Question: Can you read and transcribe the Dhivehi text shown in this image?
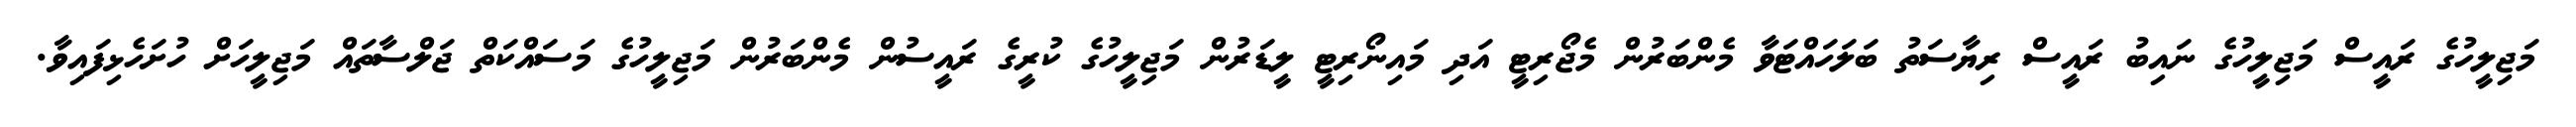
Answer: މަޖިލީހުގެ ރައީސް މަޖިލީހުގެ ނައިބު ރައީސް ރިޔާސަތު ބަލަހައްޓަވާ މެންބަރުން މެޖޯރިޓީ އަދި މައިނޯރިޓީ ލީޑަރުން މަޖިލީހުގެ ކުރީގެ ރައީސުން މެންބަރުން މަޖިލީހުގެ މަސައްކަތް ޖަލްސާތައް މަޖިލީހަށް ހުށަހެޅިފައިވާ.